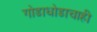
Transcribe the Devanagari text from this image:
गोडाधोडाचाही